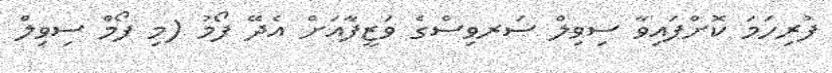
ފުރިހަމަ ކޮށްފައިވާ ސިވިލް ސަރވިސްގެ ވަޒީފާއަށް އެދޭ ފޯމު (މި ފޯމް ސިވިލް